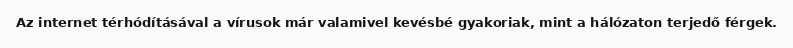
Az internet térhódításával a vírusok már valamivel kevésbé gyakoriak, mint a hálózaton terjedő férgek.